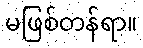
မဖြစ်တန်ရာ။